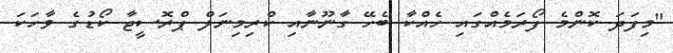
"މިފަދަ ކޮންމެ ފޯރަމެއްގައި ހެއްކާ ބެހޭ ގާނޫނާއި ކްރިމިނަލް ޕްރޮސީޖާ ކޯޑުގެ ވާހަކަ